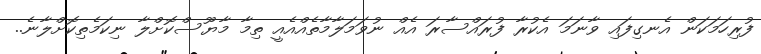
ފުރިހަމަކަން އެނގިފައި ވާނަމަ އެކުރާ ފުރައްސާރަ އެއް ނުވަމަލާމާތެއްއެއީ ތިމާ މާޔޫސްކޮށްލާ ނިކަމެތިކޮށްލާނެ..